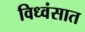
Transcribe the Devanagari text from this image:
विध्वंसात